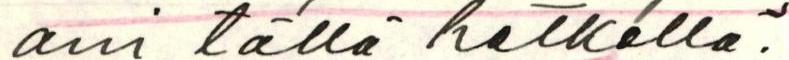
ani tällä hetkellä.